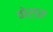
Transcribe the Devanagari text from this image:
वोर्ड्स